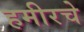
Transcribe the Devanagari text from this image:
हमीरचे